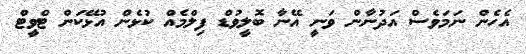
އެހެން ނަމަވެސް އަދުނާން ވަނީ އޭނާ ބޮލީވުޑް ފިލްމެއް ކުޅެން އުޅޭކަން ޓްވީޓް